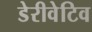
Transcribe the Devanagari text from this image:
डेरीवेटिव